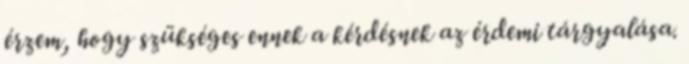
érzem, hogy szükséges ennek a kérdésnek az érdemi tárgyalása.